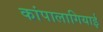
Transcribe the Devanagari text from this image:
कांपालागियाई